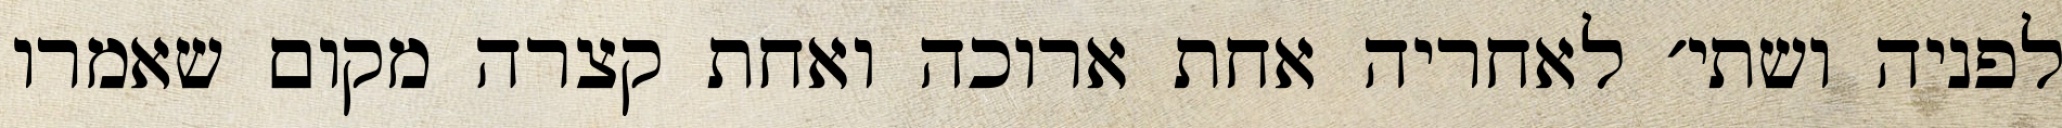
לפניה ושתי׳ לאחריה אחת ארוכה ואחת קצרה מקום שאמרו